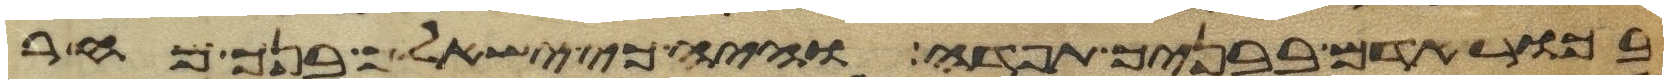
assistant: בכור אדם בבניך תפדה והיה כי ישאלך בנך מחר